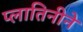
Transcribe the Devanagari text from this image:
प्लातिनीने